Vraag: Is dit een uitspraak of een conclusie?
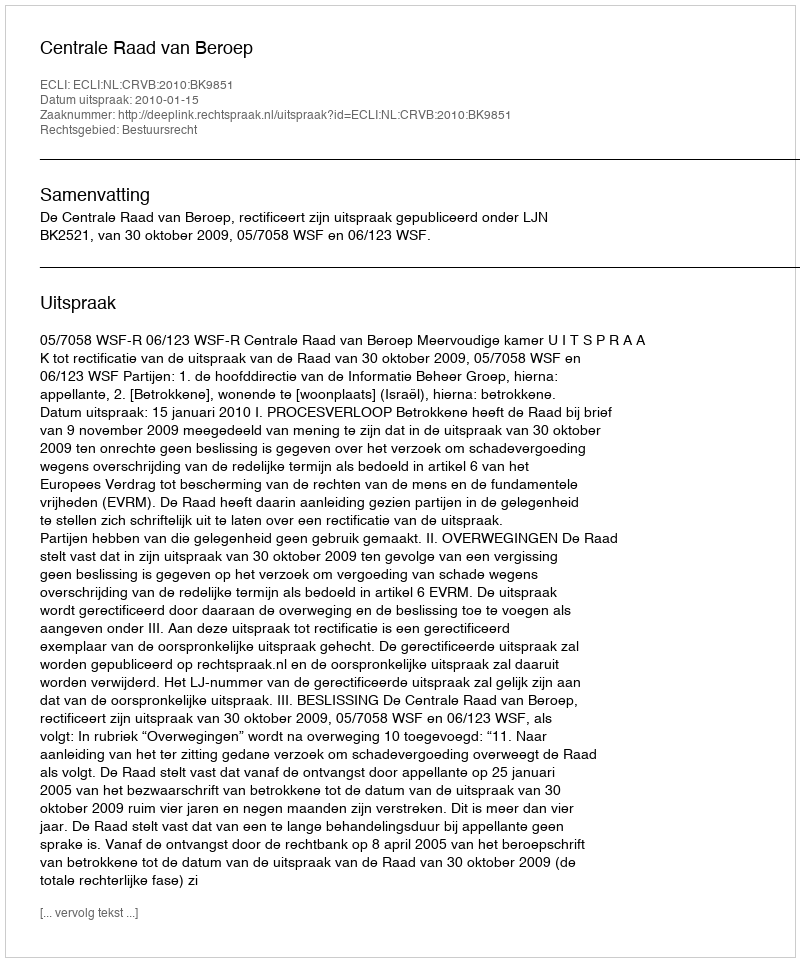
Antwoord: Uitspraak